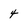
Character: 4